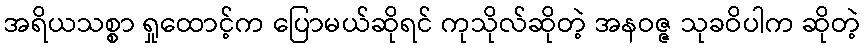
အရိယသစ္စာ ရှုထောင့်က ပြောမယ်ဆိုရင် ကုသိုလ်ဆိုတဲ့ အနဝဇ္ဇ သုခဝိပါက ဆိုတဲ့